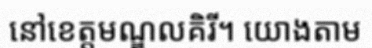
នៅខេត្តមណ្ឌលគិរី។ យោងតាម